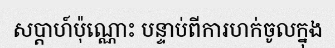
សប្តាហ៍ប៉ុណ្ណោះ បន្ទាប់ពីការហក់ចូលក្នុង